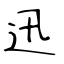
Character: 迅